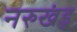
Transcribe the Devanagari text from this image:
नरुखंड़